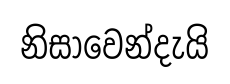
නිසාවෙන්දැයි